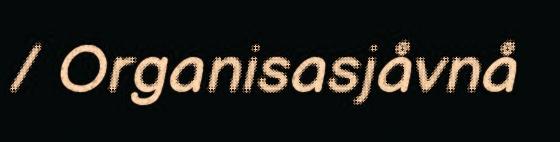
/ Organisasjåvnå